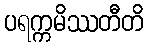
ပရက္ကမိဿတီတိ